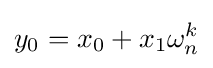
y_{0}=x_{0}+x_{1}\omega _{n}^{k}